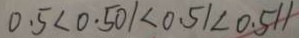
0 . 5 < 0 . 5 0 1 < 0 . 5 1 < 0 . 5 1 1